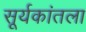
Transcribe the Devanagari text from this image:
सूर्यकांतला